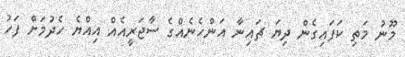
މޫނު މަތި ކަފައިގެން ދިޔަ ޗައިނާ އަންހެނެއްގެ ސާޖަރީއެއް އިއްޔެ ހެދުމަށް ފަހު